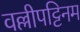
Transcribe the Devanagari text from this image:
वल्लीपट्टिनम